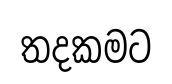
තදකමට